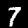
Digit: 7